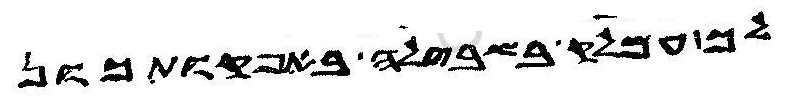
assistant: לך עמלק בשבילה באפקותכון